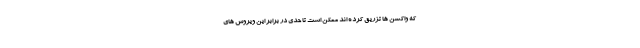
که واکسن ها تزریق کرده اند ممکن است تا حدی در برابر این ویروس های